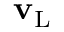
{ \bf v } _ { \mathrm { L } }